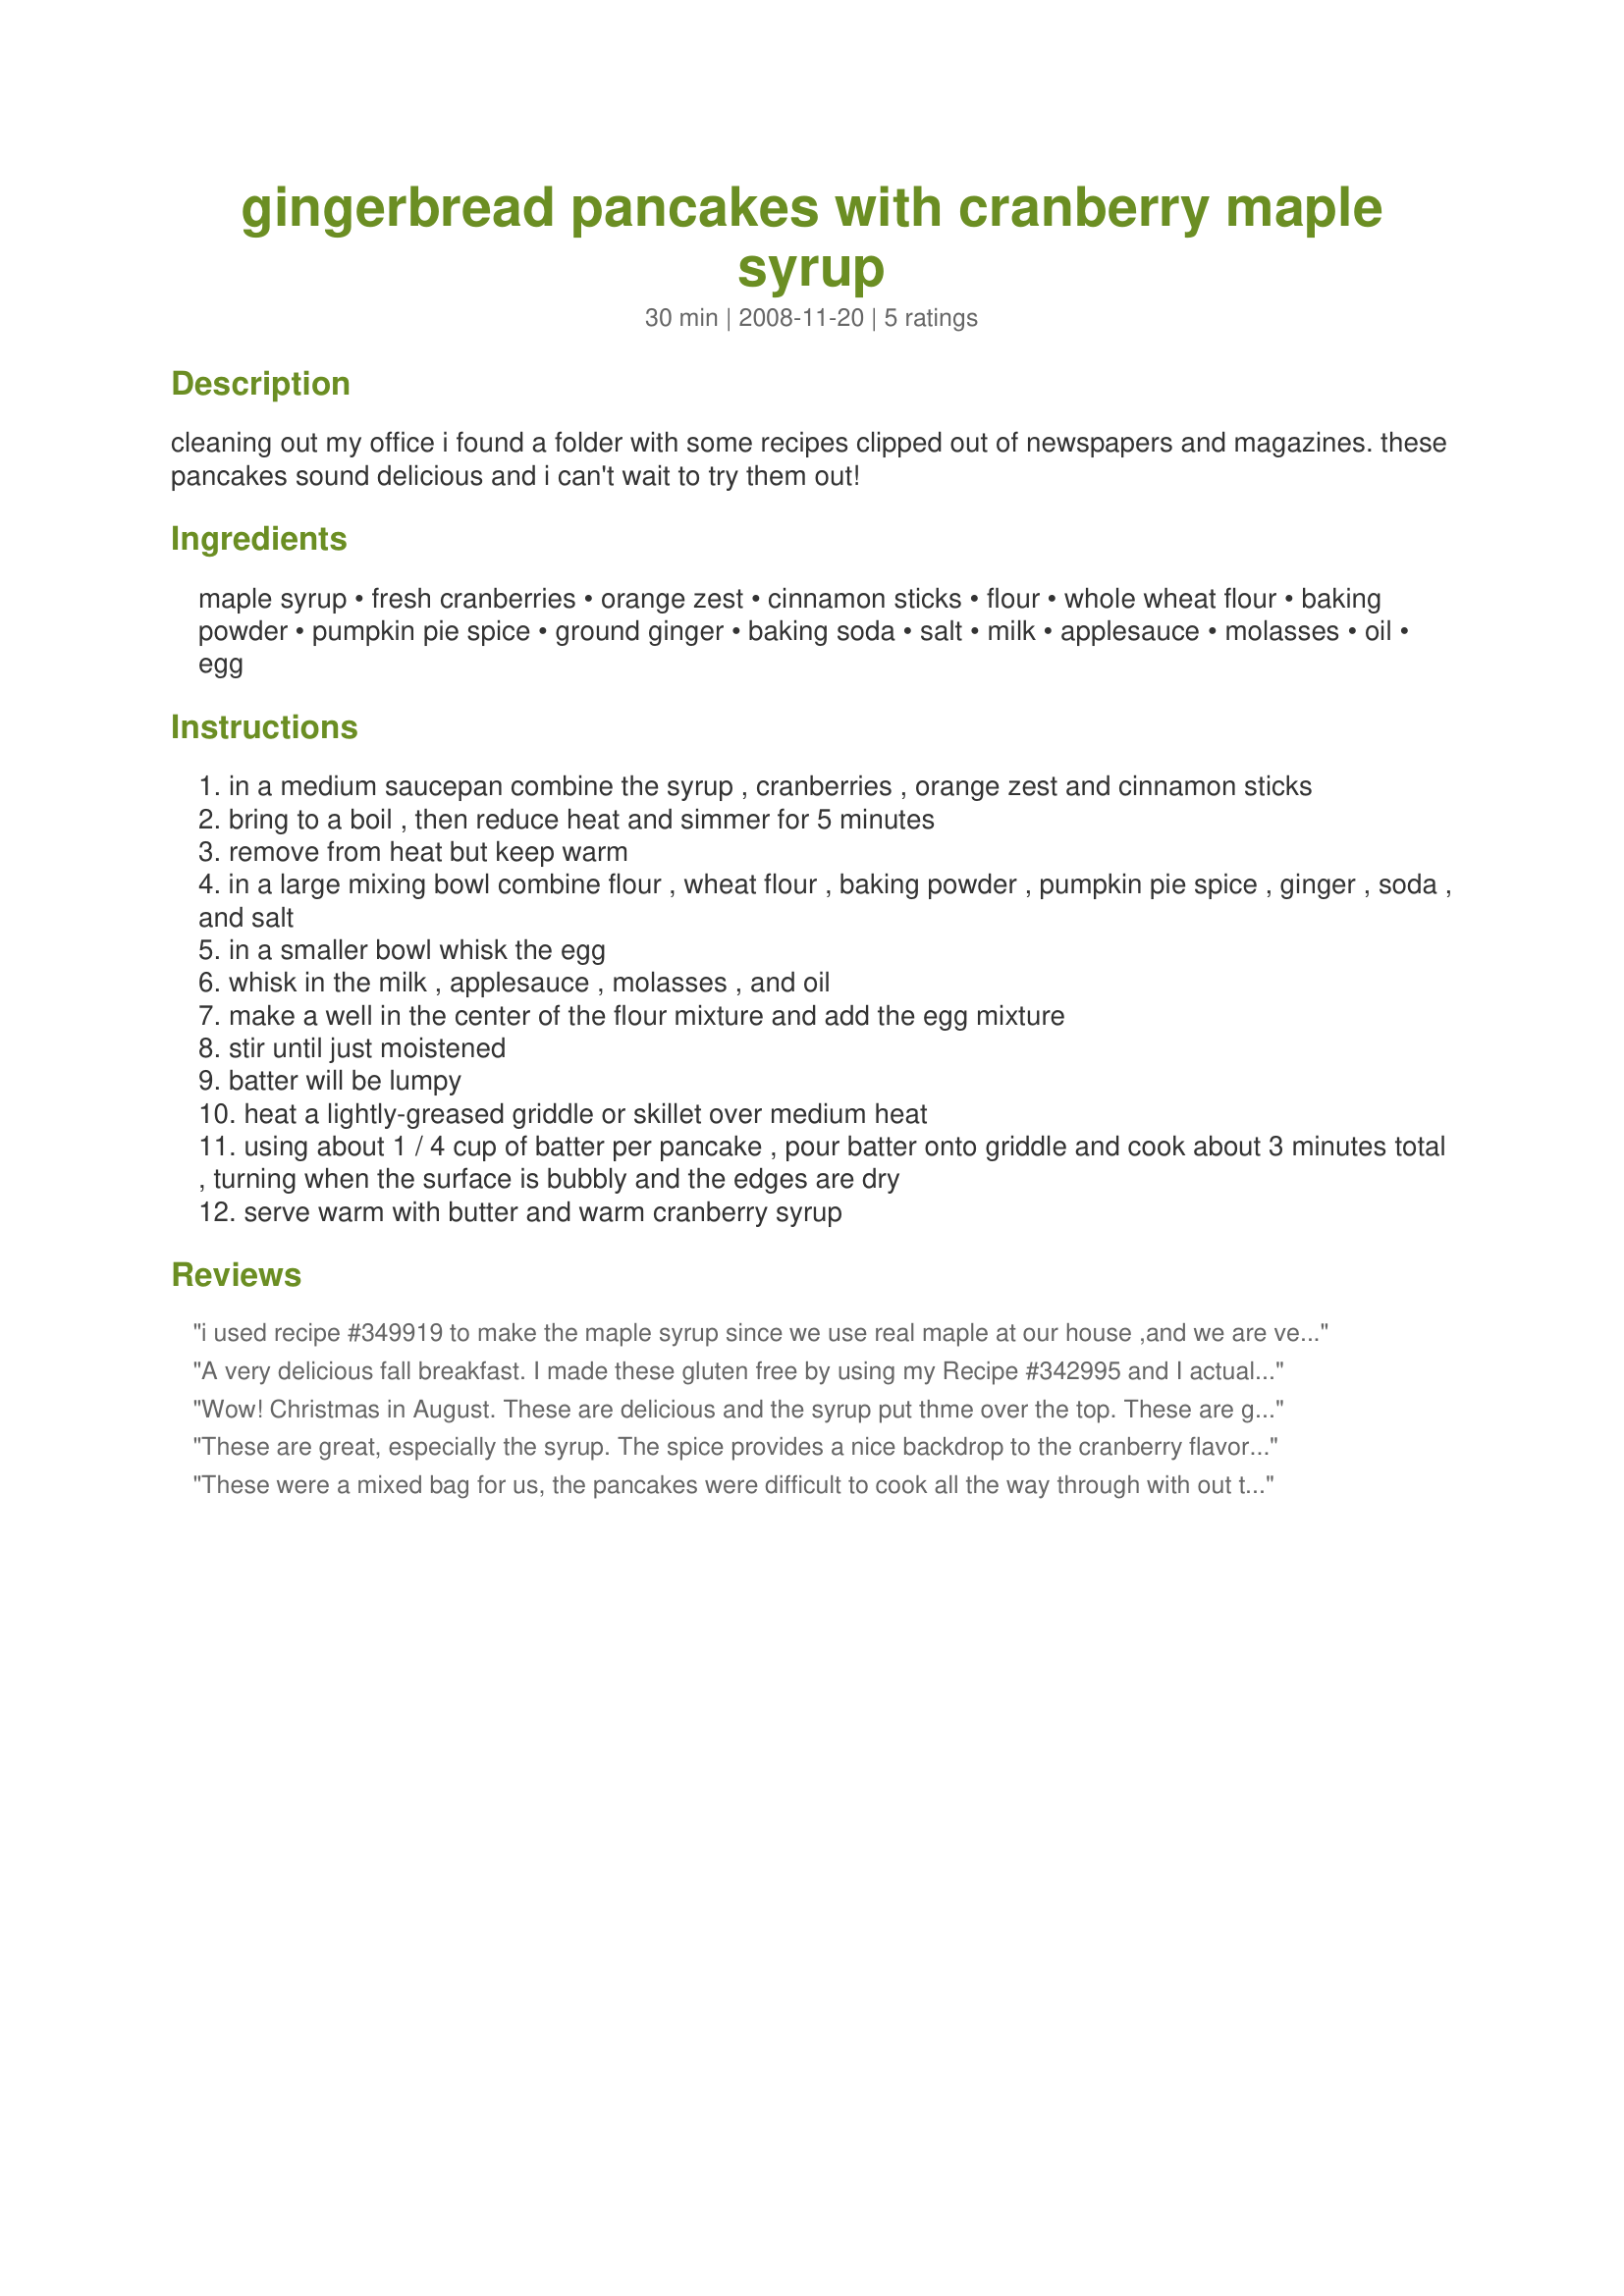
gingerbread pancakes with cranberry maple syrup
Preparation time: 30 minutes

cleaning out my office i found a folder with some recipes clipped out of newspapers and magazines. these pancakes sound delicious and i can't wait to try them out!

Ingredients:
maple syrup, fresh cranberries, orange zest, cinnamon sticks, flour, whole wheat flour, baking powder, pumpkin pie spice, ground ginger, baking soda, salt, milk, applesauce, molasses, oil, egg

Steps:
in a medium saucepan combine the syrup , cranberries , orange zest and cinnamon sticks
bring to a boil , then reduce heat and simmer for 5 minutes
remove from heat but keep warm
in a large mixing bowl combine flour , wheat flour , baking powder , pumpkin pie spice , ginger , soda , and salt
in a smaller bowl whisk the egg
whisk in the milk , applesauce , molasses , and oil
make a well in the center of the flour mixture and add the egg mixture
stir until just moistened
batter will be lumpy
heat a lightly-greased griddle or skillet over medium heat
using about 1 / 4 cup of batter per pancake , pour batter onto griddle and cook about 3 minutes total , turning when the surface is bubbly and the edges are dry
serve warm with butter and warm cranberry syrup

Reviews:
i used recipe #349919 to make the maple syrup since we use real maple at our house ,and we are very chinzy with it .these were kinda doughy for me but i added a tablespoon of lemon juice and it lightened up the dough i liked the flavor the syrup is wonderful
A very delicious fall breakfast. I made these gluten free by using my Recipe #342995 and I actually didn't have maple syrup but had previously made Recipe #37023 so I used that in place of the maple syrup omitting the cinnamon sticks. I just incorporated spices that make up pumpkin pie spice less the nutmeg because of its intoxicant nature. I used rice milk for the milk and did modify the amounts of apple sauce, and oil for which I used canola. I used fancy molasses and two eggs as per the gluten free recipe. We enjoyed this with a tall glass of orange juice each. I wont make these again unless I get a nonstick frying pan but I think that is only the gluten free modification I made that caused them to stick to the cast iron pan I used. Also I cooked them at a higher temperature so that may also be why. I suggest sticking to this recipe in terms of temperature.
Wow! Christmas in August. These are delicious and the syrup put thme over the top. These are going to be on our menu during Christmas holidays, for sure. Made as written and turned out perfectly.
These are great, especially the syrup. The spice provides a nice backdrop to the cranberry flavor. I halved the recipe, but used a whole egg. I also swapped the maple to cranberry ratio, since I love fresh cranberries. I didn't have any problems flipping these. Much enjoyed.
These were a mixed bag for us, the pancakes were difficult to cook all the way through with out the outsides get overly tough and dried out. I adjusted the heat, tried thinning them out, nothing quite worked. DH loved the cranberry maple syrup (I don&#039;t do maple so this is his review) and it went well with the gingerbread flavor. I make my own version of maple syrup for him using Brown Sugar Splenda. He really like the addition of the cranberry and orange, it took some of the too sweet edge that the Splenda can have. Made for PRMRT
